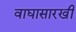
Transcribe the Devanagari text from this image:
वाघासारखी